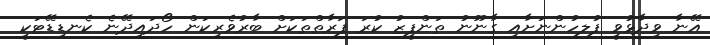
އޭނާ ވިދާޅުވީ ފުލހުންނަށާއި ގާނޫނު ތަންފީޒު ކުރަ ފަރާތްތަކަށް ބާރުވެރިކަން ހޯދައިދޭނެ ކެނޑިޑޭޓަކީ